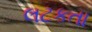
લટકતા